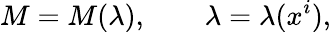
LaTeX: M=M(\lambda),\qquad\lambda=\lambda(x^{i}),